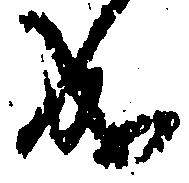
成